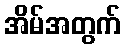
အိမ်အတွက်